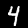
Label: 4